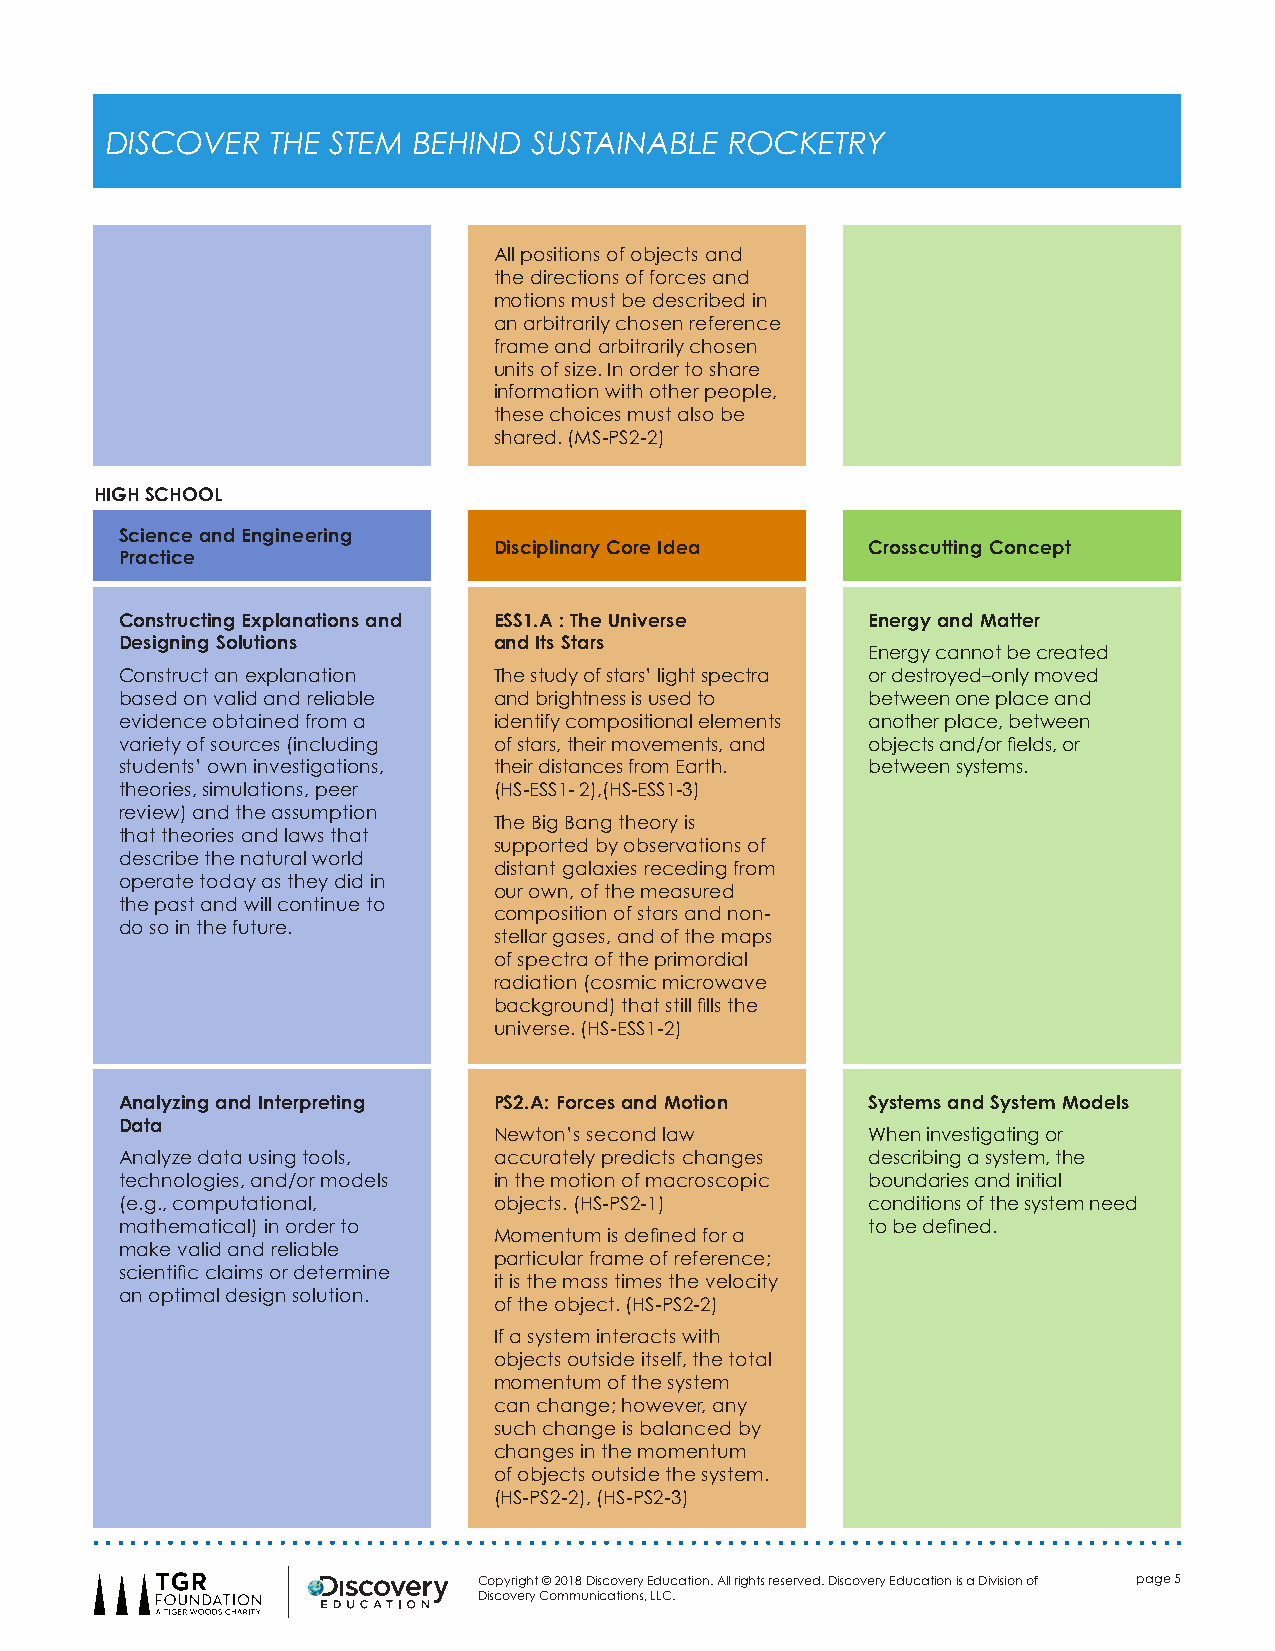
DISCOVER   THE STEM BEHIND  SUSTAINABLE  ROCKETRY
 All positions of objects and
 the directions of forces and
 motions must be described in
 an arbitrarily chosen reference
 frame and arbitrarily chosen
 units of size. In order to share
 information with other people,
 these choices must also be
 shared. (MS-PS2-2)
 HIGH SCHOOL
 Science and Engineering
 Disciplinary Core Idea   Crosscutting Concept
 Practice
 Constructing Explanations and ESS1.A : The Universe Energy and Matter
 Designing Solutions      and Its Stars
 Energy cannot be created
 Construct an explanation The study of stars’ light spectra or destroyed–only moved
 based on valid and reliable and brightness is used to between one place and
 evidence obtained from a identify compositional elements another place, between
 variety of sources (including of stars, their movements, and objects and/or fields, or
 students’ own investigations, their distances from Earth. between systems.
 theories, simulations, peer (HS-ESS1- 2),(HS-ESS1-3)
 review) and the assumption
 The Big Bang theory is
 that theories and laws that
 supported by observations of
 describe the natural world
 distant galaxies receding from
 operate today as they did in
 our own, of the measured
 the past and will continue to
 composition of stars and non-
 do so in the future.
 stellar gases, and of the maps
 of spectra of the primordial
 radiation (cosmic microwave
 background) that still fills the
 universe. (HS-ESS1-2)
 Analyzing and Interpreting PS2.A: Forces and Motion Systems and System Models
 Data
 Newton’s second law      When investigating or
 Analyze data using tools, accurately predicts changes describing a system, the
 technologies, and/or models in the motion of macroscopic boundaries and initial
 (e.g., computational,    objects. (HS-PS2-1)      conditions of the system need
 mathematical) in order to                         to be defined.
 Momentum is defined for a
 make valid and reliable
 particular frame of reference;
 scientific claims or determine
 it is the mass times the velocity
 an optimal design solution.
 of the object. (HS-PS2-2)
 If a system interacts with
 objects outside itself, the total
 momentum of the system
 can change; however, any
 such change is balanced by
 changes in the momentum
 of objects outside the system.
 (HS-PS2-2), (HS-PS2-3)
 Copyright © 2018 Discovery Education. All rights reserved. Discovery Education is a Division of page 5
 Discovery Communications, LLC.